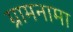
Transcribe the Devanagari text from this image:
ग्रामनामा